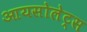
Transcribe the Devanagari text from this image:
आयसोलेट्स